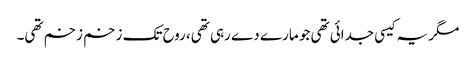
مگر یہ کیسی جدائی تھی جو مارے دے رہی تھی، روح تک زخم زخم تھی۔